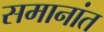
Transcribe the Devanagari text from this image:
समानांत